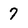
Character: 7